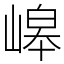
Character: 㟸